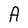
Character: A